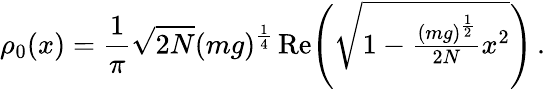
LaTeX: \rho_{0}(x)=\frac{1}{\pi}\sqrt{2N}(mg)^{\frac{1}{4}}\, \mathrm{Re}\! \left(\sqrt{1-\textstyle{\frac{(mg)^{\frac{1}{2}}}{2N}}x^{2}}\right)\, .